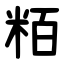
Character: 粨